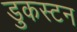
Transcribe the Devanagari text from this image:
डुकस्टन